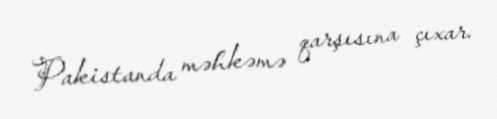
Pakistanda məhkəmə qarşısına çıxar.